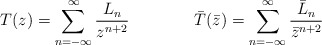
\begin{align*}T(z)=\sum_{n=-\infty}^{\infty}\frac{L_{n}}{z^{n+2}}\qquad\qquad\bar{T}(\bar{z})=\sum_{n=-\infty}^{\infty}\frac{\bar{L}_{n}}{\bar{z}^{n+2}}\end{align*}